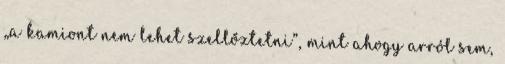
„a kamiont nem lehet szellőztetni”, mint ahogy arról sem,